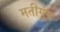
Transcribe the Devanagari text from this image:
मतीगुंग